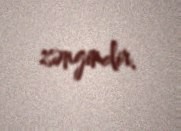
zəngindir.